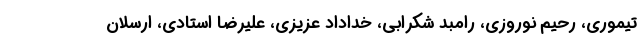
تیموری، رحیم نوروزی، رامبد شکرابی، خداداد عزیزی، علیرضا استادی، ارسلان